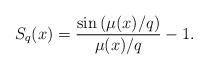
LaTeX: \begin{align*}S_q(x)=\frac{\sin \left( \mu(x)/q\right)}{\mu(x)/q}-1. \end{align*}